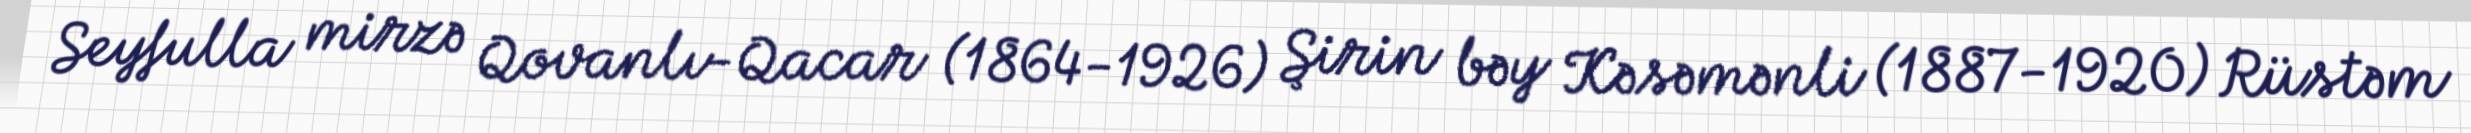
Seyfulla mirzə Qovanlı-Qacar (1864-1926) Şirin bəy Kəsəmənli (1887-1920) Rüstəm